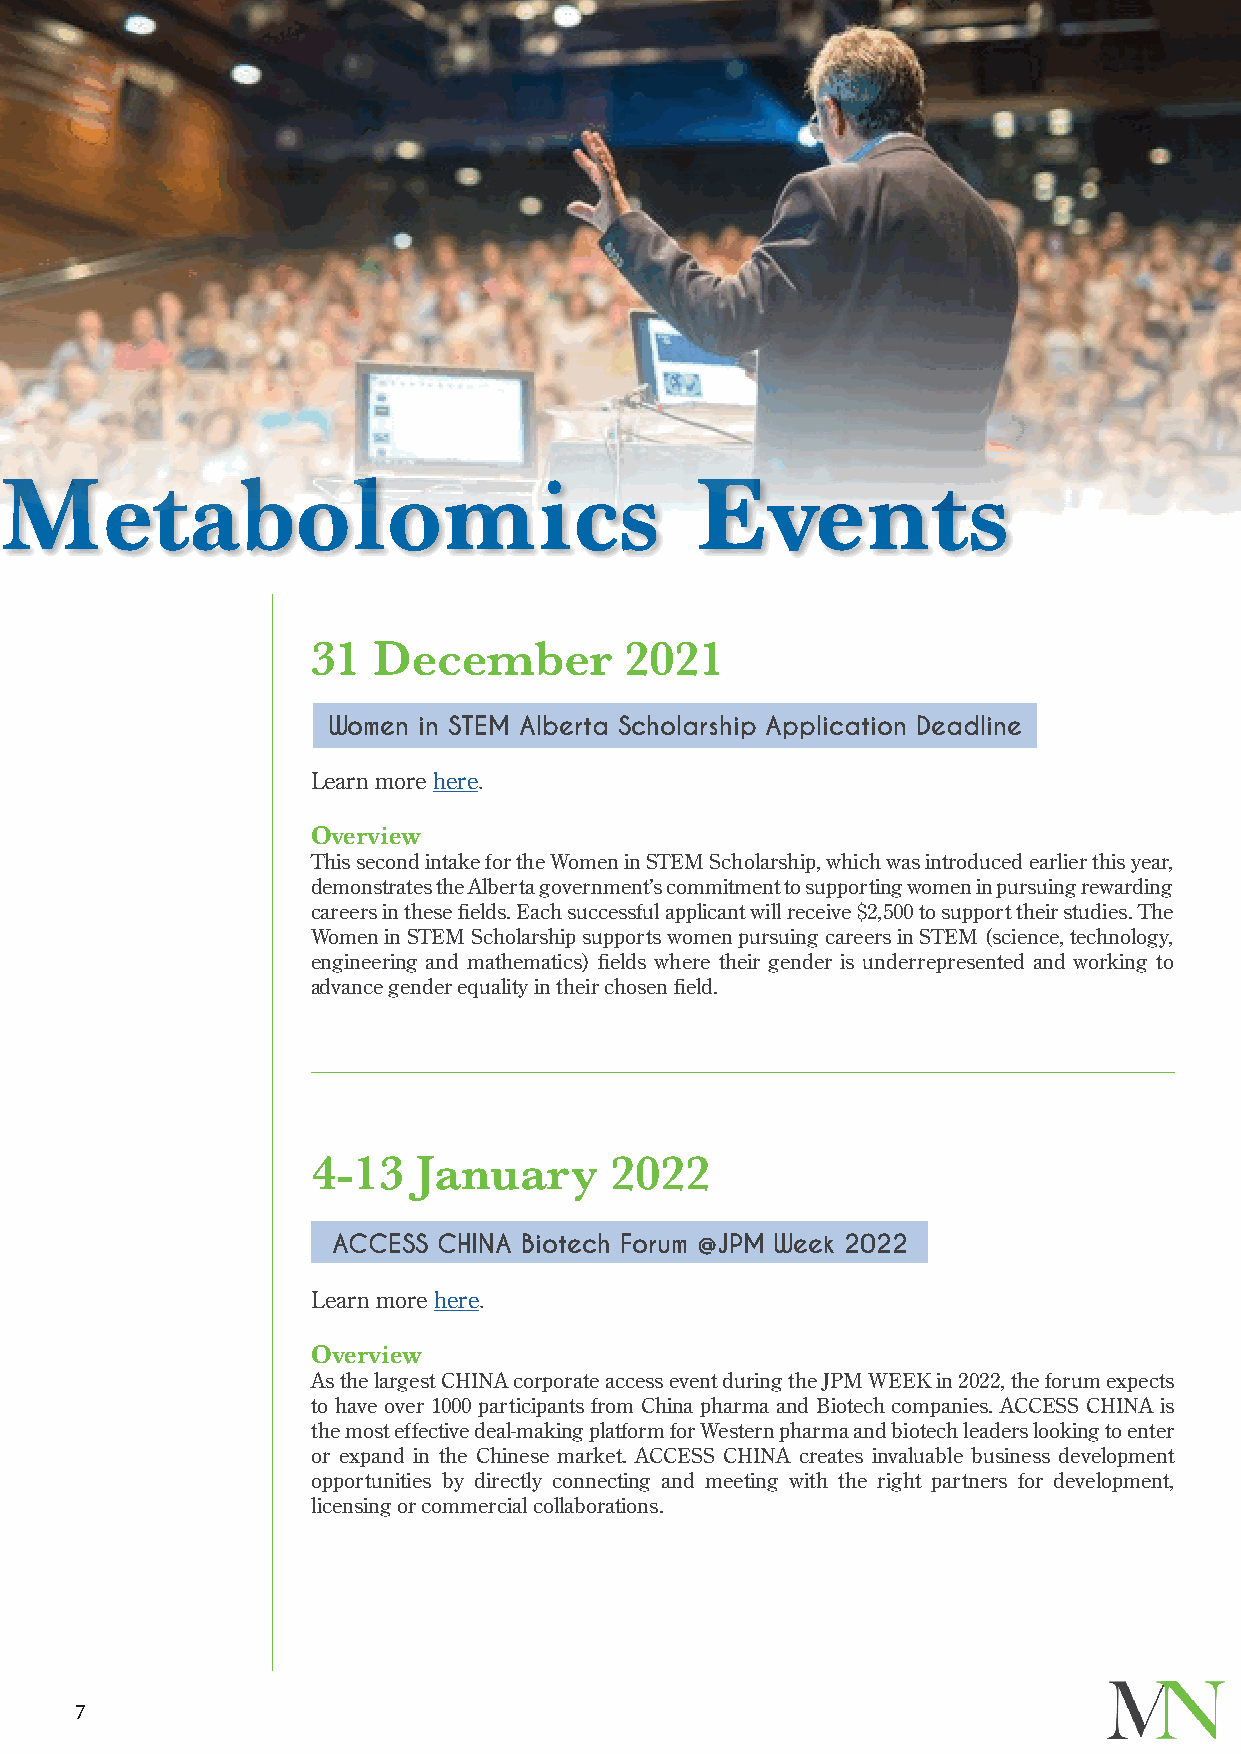
Metabolomics                                  Events
 31  December        2021
 Women in STEM Alberta Scholarship Application Deadline
 Learn more here.
 Overview
 This second intake for the Women in STEM Scholarship, which was introduced earlier this year,
 demonstrates the Alberta government’s commitment to supporting women in pursuing rewarding
 careers in these fields. Each successful applicant will receive $2,500 to support their studies. The
 Women in STEM Scholarship supports women pursuing careers in STEM (science, technology,
 engineering and mathematics) fields where their gender is underrepresented and working to
 advance gender equality in their chosen field.
 4-13   January     2022
 ACCESS CHINA Biotech Forum @JPM Week 2022
 Learn more here.
 Overview
 As the largest CHINA corporate access event during the JPM WEEK in 2022, the forum expects
 to have over 1000 participants from China pharma and Biotech companies. ACCESS CHINA is
 the most effective deal-making platform for Western pharma and biotech leaders looking to enter
 or expand in the Chinese market. ACCESS CHINA creates invaluable business development
 opportunities by directly connecting and meeting with the right partners for development,
 licensing or commercial collaborations.
 7